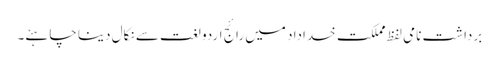
برداشت نامی لفظ مملکت خداداد میں رائج اردو لغت سے نکال دینا چاہئے۔